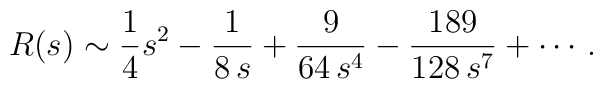
R(s)\sim  {1\over 4} s^2 -{1\over 8\, s} + {9\over 64\,  s^4} -{189\over 128\,  s^7}  +\cdots \, .